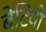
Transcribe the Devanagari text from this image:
बेटियाें